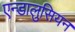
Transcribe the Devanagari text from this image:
एन्डालुसियन